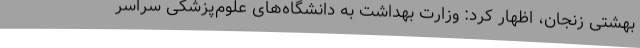
بهشتی زنجان، اظهار کرد: وزارت بهداشت به دانشگاه‌های علوم‌پزشکی سراسر